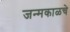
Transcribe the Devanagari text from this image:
जन्मकाळचे